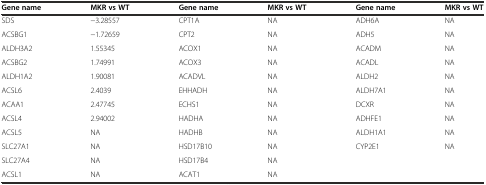
<table><thead><tr><td><b>Gene name</b></td><td><b>MKR vs WT</b></td><td><b>Gene name</b></td><td><b>MKR vs WT</b></td><td><b>Gene name</b></td><td><b>MKR vs WT</b></td></tr></thead><tbody><tr><td>SDS</td><td>−3.28557</td><td>CPT1A</td><td>NA</td><td>ADH6A</td><td>NA</td></tr><tr><td>ACSBG1</td><td>−1.72659</td><td>CPT2</td><td>NA</td><td>ADH5</td><td>NA</td></tr><tr><td>ALDH3A2</td><td>1.55345</td><td>ACOX1</td><td>NA</td><td>ACADM</td><td>NA</td></tr><tr><td>ACSBG2</td><td>1.74991</td><td>ACOX3</td><td>NA</td><td>ACADL</td><td>NA</td></tr><tr><td>ALDH1A2</td><td>1.90081</td><td>ACADVL</td><td>NA</td><td>ALDH2</td><td>NA</td></tr><tr><td>ACSL6</td><td>2.4039</td><td>EHHADH</td><td>NA</td><td>ALDH7A1</td><td>NA</td></tr><tr><td>ACAA1</td><td>2.47745</td><td>ECHS1</td><td>NA</td><td>DCXR</td><td>NA</td></tr><tr><td>ACSL4</td><td>2.94002</td><td>HADHA</td><td>NA</td><td>ADHFE1</td><td>NA</td></tr><tr><td>ACSL5</td><td>NA</td><td>HADHB</td><td>NA</td><td>ALDH1A1</td><td>NA</td></tr><tr><td>SLC27A1</td><td>NA</td><td>HSD17B10</td><td>NA</td><td>CYP2E1</td><td>NA</td></tr><tr><td>SLC27A4</td><td>NA</td><td>HSD17B4</td><td>NA</td><td></td><td></td></tr><tr><td>ACSL1</td><td>NA</td><td>ACAT1</td><td>NA</td><td></td><td></td></tr></tbody></table>